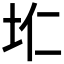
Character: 𮰛